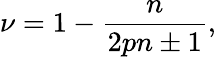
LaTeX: \nu=1-{\frac{n}{2pn\pm 1}},